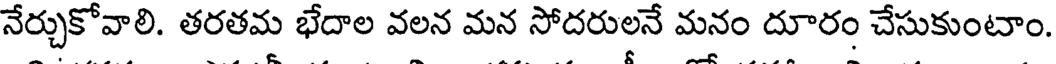
నేర్చుకోవాలి. తరతమ భేదాల వలన మన సోదరులనే మనం దూరం చేసుకుంటాం